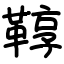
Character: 鞟